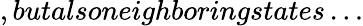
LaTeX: ,butalsoneighboringstates\ldots